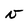
Character: v